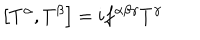
\left[ T ^ { \alpha } , T ^ { \beta } \right] = i f ^ { \alpha \beta \gamma } T ^ { \gamma }